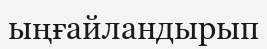
ыңғайландырып